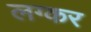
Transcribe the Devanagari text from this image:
लग्कर